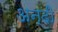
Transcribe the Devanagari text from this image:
अन्दी